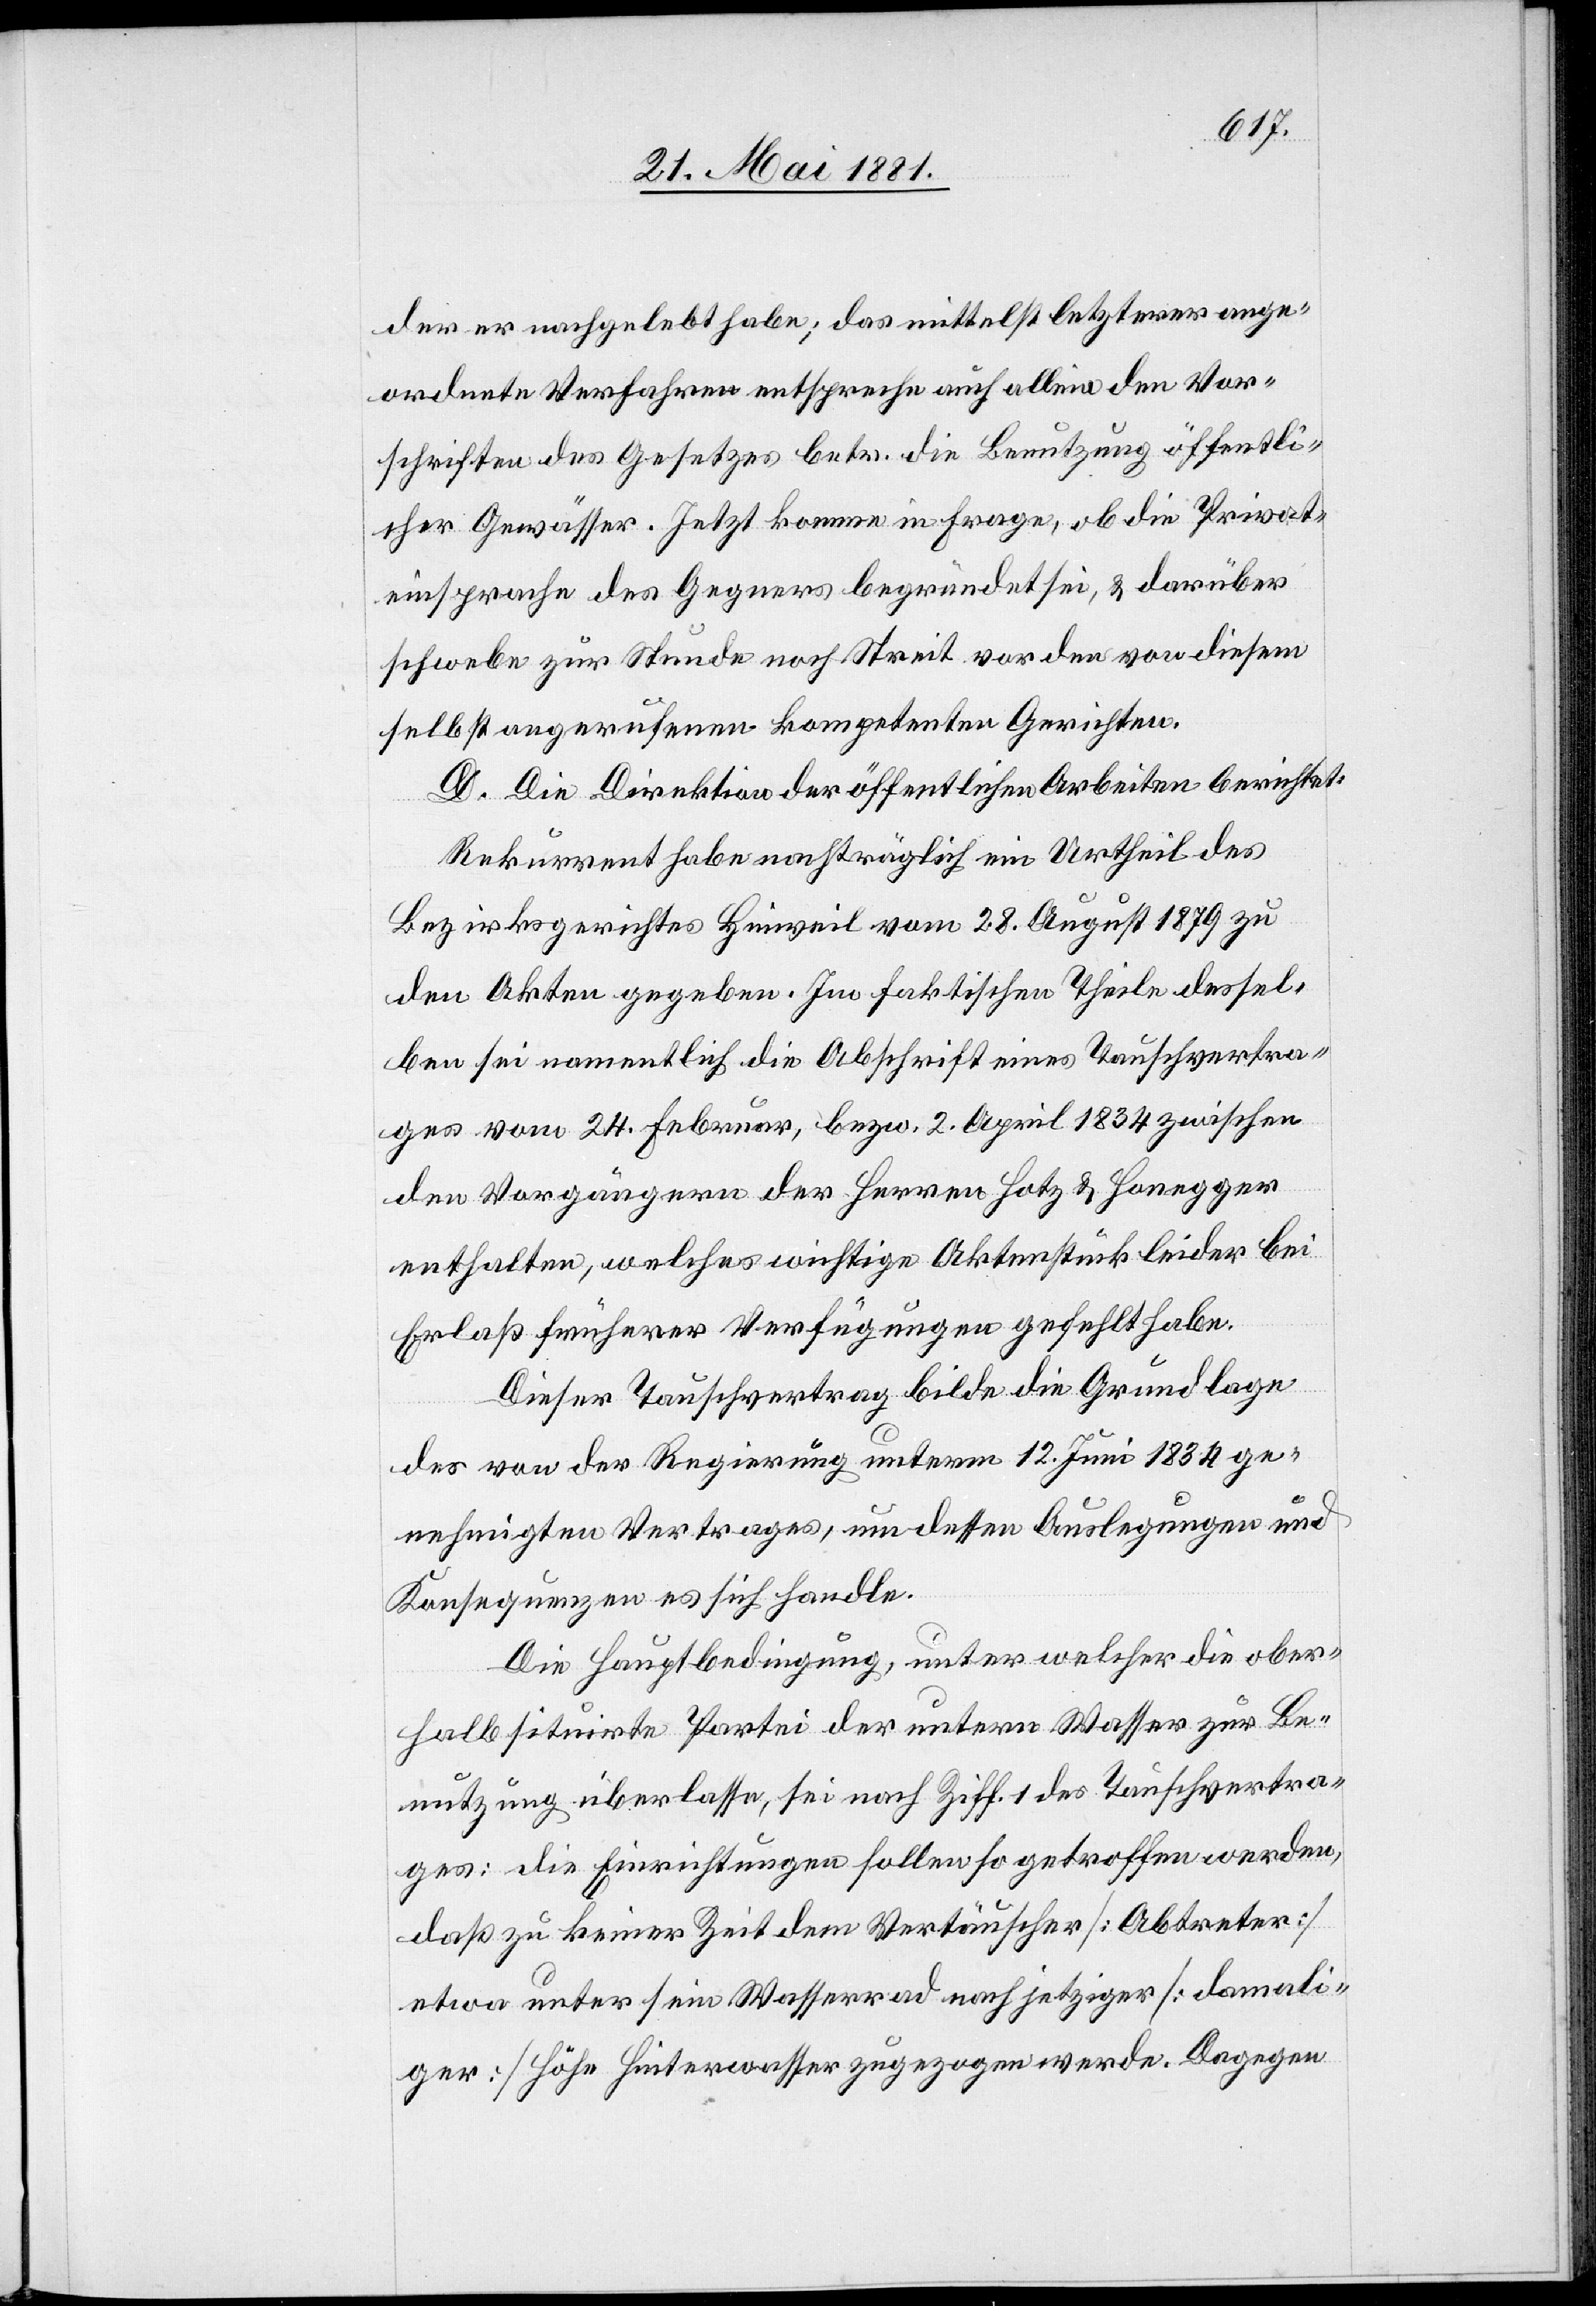
der er nachgelebt habe; das mittelst letzterer ange¬
ordnete Verfahren entspreche auch alleine den Vor¬
schriften des Gesetzes betr. die Benutzung öffentli¬
cher Gewässer. Jetzt komme in Frage, ob die Privat¬
einsprache des Gegners begründet sei, & darüber
schwebe zur Stunde noch Streit vor den von diesem
selbst angerufenen kompetenten Gerichten.
D. Die Direktion der öffentlichen Arbeiten berichtet:
Rekurrent habe nachträglich ein Urtheil des
Bezirksrathes Hinweil vom 28. August 1879 zu
den Akten gegeben. Im faktischen Theile dessel¬
ben sei namentlich die Abschrift eines Tauschvertra¬
ges vom 24. Februar, bezw. 2. April 1834 zwischen
den Vorgängern der Herren Hotz & Honegger
enthalten, welches wichtige Aktenstück leider bei
Erlaß früherer Verfügungen gefehlt habe.
Dieser Tauschvertrag bilde die Grundlage
des von der Regierung unterm 12. Juni 1834 ge¬
nehmigten Vertrages, um dessen Auslegungen und
Konsequenzen es sich handle.
Die Hauptbedingung, unter welcher die ober¬
halb situirte Partei der untern Wasser zur Be¬
nutzung überlasse, sei nach Ziff. 1 des Tauschvertra¬
ges: die Einrichtungen sollen so getroffen werden,
daß zu keiner Zeit dem Vertäuscher [Abtreter]
etwa unter sein Wasserrad nach jetziger [damali¬
ger] Höhe Hinterwasser zugezogen werde. Dagegen